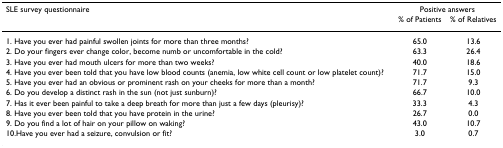
| SLE survey questionnaire | <COLSPAN=2> Positive answers |
 |  | % of Patients | % of Relatives |
 | --- | --- | --- |
 | 1. Have you ever had painful swollen joints for more than three months? | 65.0 | 13.6 |
 | 2. Do your fingers ever change color, become numb or uncomfortable in the cold? | 63.3 | 26.4 |
 | 3. Have you ever had mouth ulcers for more than two weeks? | 40.0 | 18.6 |
 | 4. Have you ever been told that you have low blood counts (anemia, low white cell count or low platelet count)? | 71.7 | 15.0 |
 | 5. Have you ever had an obvious or prominent rash on your cheeks for more than a month? | 71.7 | 9.3 |
 | 6. Do you develop a distinct rash in the sun (not just sunburn)? | 66.7 | 10.0 |
 | 7. Has it ever been painful to take a deep breath for more than just a few days (pleurisy)? | 33.3 | 4.3 |
 | 8. Have you ever been told that you have protein in the urine? | 26.7 | 0.0 |
 | 9. Do you find a lot of hair on your pillow on waking? | 43.0 | 10.7 |
 | 10.Have you ever had a seizure, convulsion or fit? | 3.0 | 0.7 |